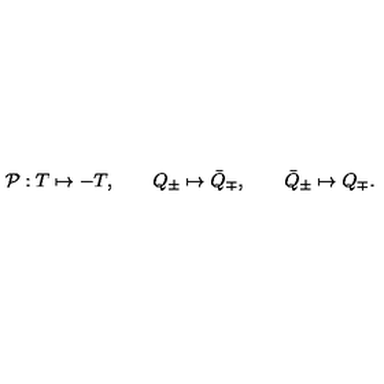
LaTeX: { \cal P } : T \mapsto - T , \qquad Q _ { \pm } \mapsto \bar { Q } _ { \mp } , \qquad \bar { Q } _ { \pm } \mapsto Q _ { \mp } .